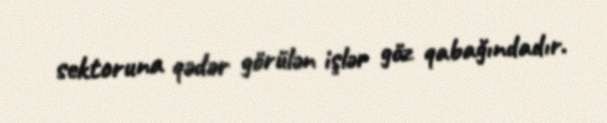
sektoruna qədər görülən işlər göz qabağındadır.